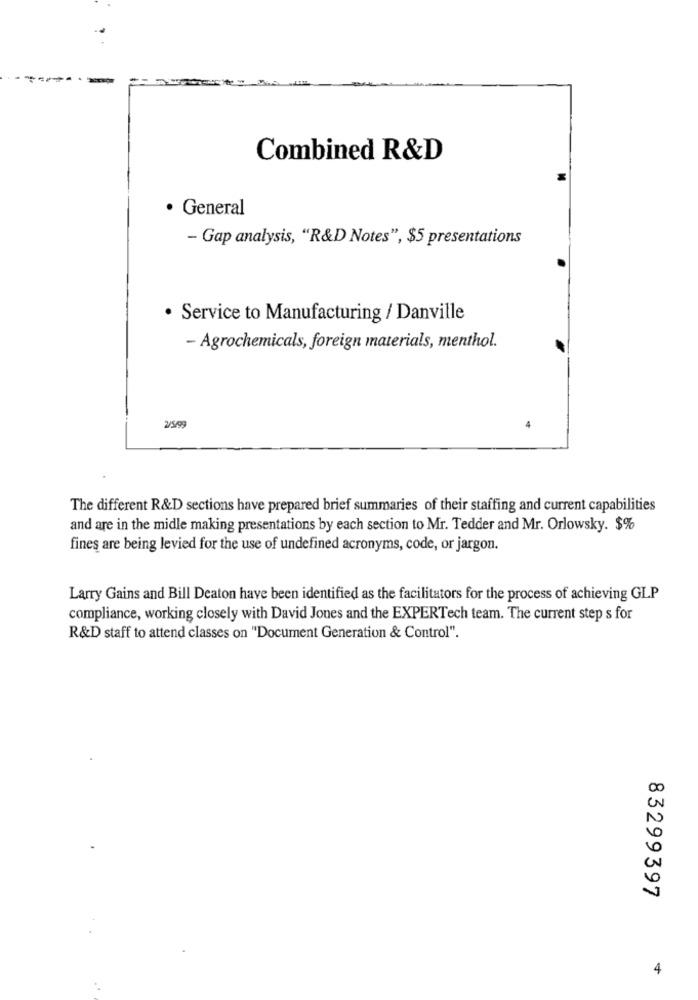
Combined R&D
General
- Gap analysis, "R&D Notes", $5 presentations
· Service to Manufacturing / Danville
- Agrochemicals, foreign materials, menthol.
2/5/99
The different R&D sections have prepared brief summaries of their staffing and current capabilities
and are in the midle making presentations by each section to Mr. Tedder and Mr. Orlowsky. $%
fines are being levied for the use of undefined acronyms, code, or jargon.
Larry Gains and Bill Deaton have been identified as the facilitators for the process of achieving GLP
compliance, working closely with David Jones and the EXPERTech team. The current step s for
R&D staff to attend classes on "Document Generation & Control".
83299397
4